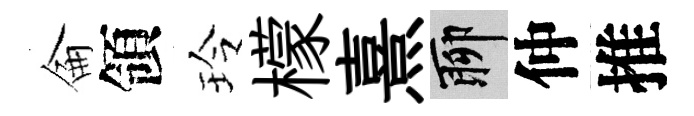
侖領玲檬熹聊仲推